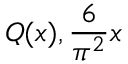
Q ( x ) , { \frac { 6 } { \pi ^ { 2 } } } x